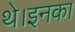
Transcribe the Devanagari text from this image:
थे।इनका